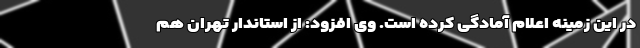
در این زمینه اعلام آمادگی کرده است. وی افزود: از استاندار تهران هم